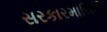
સરકારમાલિકી